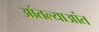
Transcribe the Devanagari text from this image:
आंतल्याआंत